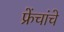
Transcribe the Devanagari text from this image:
फ्रेंचांचे